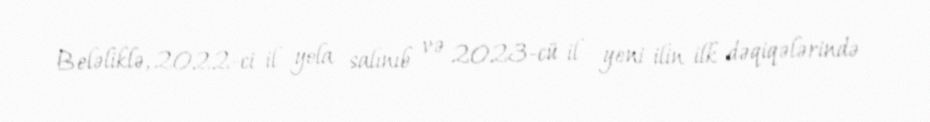
Beləliklə, 2022-ci il yola salınıb və 2023-cü il yeni ilin ilk dəqiqələrində